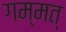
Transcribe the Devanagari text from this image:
गम्मत्